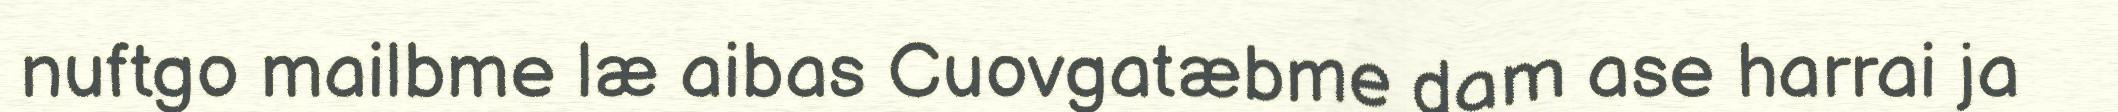
nuftgo mailbme læ aibas Cuovgatæbme dam ase harrai ja